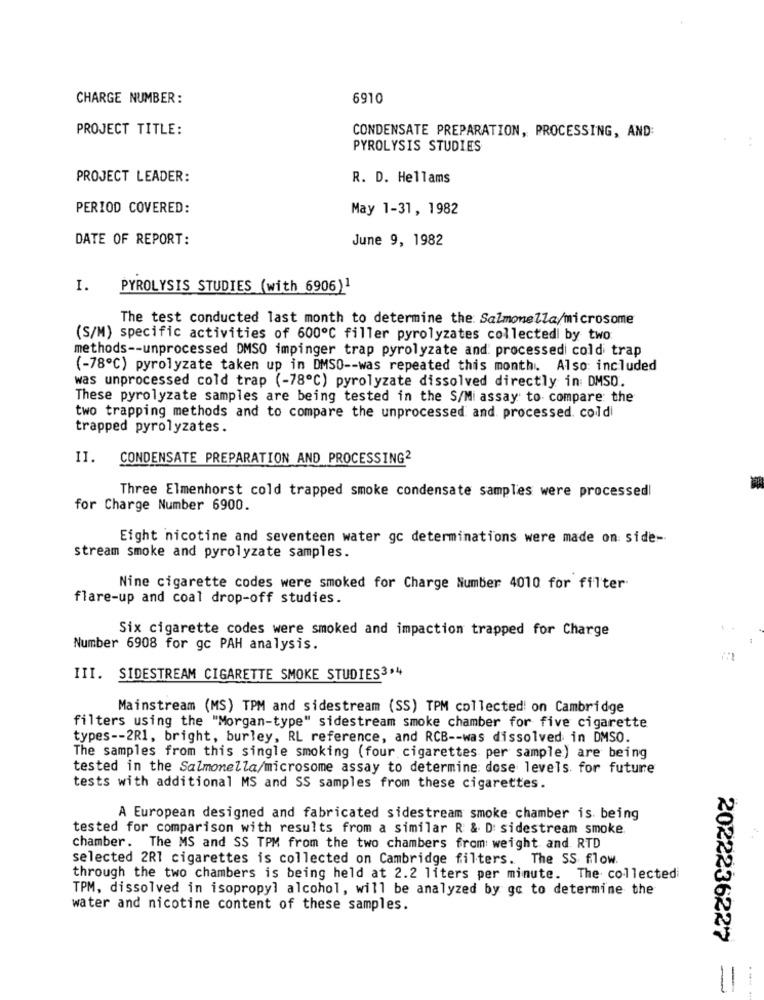
CHARGE NUMBER:
6910
PROJECT TITLE:
CONDENSATE PREPARATION, PROCESSING, AND:
PYROLYSIS STUDIES
PROJECT LEADER:
R. D. Hellams
PERIOD COVERED:
May 1-31, 1982
DATE OF REPORT:
June 9, 1982
I.
PYROLYSIS STUDIES (with 6906)1
The test conducted last month to determine the: Salmonella/microsome
(S/M) specific activities of 600º℃ filler pyrolyzates collected by two
methods -- unprocessed DMSO impinger trap pyrolyzate and: processedi cold trap
(-78℃) pyrolyzate taken up in DMSO -- was repeated this month. Also included
was unprocessed cold trap (-78℃) pyrolyzate dissolved directly in DMSD.
These pyrolyzate samples are being tested in the S/Mi assay to compare the
two trapping methods and to compare the unprocessed and processed. cold
trapped pyrolyzates.
I1.
CONDENSATE PREPARATION AND PROCESSING2
Three Elmenhorst cold trapped smoke condensate samples were processed!
for Charge Number 6900.
Eight nicotine and seventeen water gc determinations were made on side-
stream smoke and pyrolyzate samples.
Nine cigarette codes were smoked for Charge Number 4010 for filter
flare-up and coal drop-off studies.
Six cigarette codes were smoked and impaction trapped for Charge
Number 6908 for gc PAH analysis.
III. SIDESTREAM CIGARETTE SMOKE STUDIES3.4
Mainstream (MS) TPM and sidestream (SS) TPM collected! on Cambridge
filters using the "Morgan-type" sidestream smoke chamber for five cigarette
types -- 2R1, bright, burley, RL reference, and RCB -- was dissolved in DMSO.
The samples from this single smoking (four cigarettes per sample) are being
tested in the Salmonella/microsome assay to determine: dose levels. for future
tests with additional MS and SS samples from these cigarettes.
A European designed and fabricated sidestream smoke chamber is being
tested for comparison with results from a similar R & D: sidestream smoke.
chamber. The MS and SS TPM from the two chambers from: weight and RTD
selected 2R1 cigarettes is collected on Cambridge filters. The SS flow.
through the two chambers is being held at 2.2 liters per minute. The collected
TPM, dissolved in isopropyl alcohol, will be analyzed by go to determine the
water and nicotine content of these samples.
2022236227